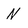
Character: N